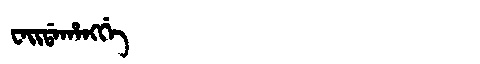
Manchu: ᠸᠠᡳᡩᠠᡥᠠᠩᡤᡝ
Romanization: WAIDAHANGGE